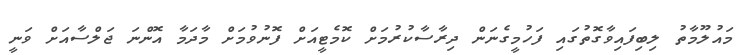
މައުލޫމާތު ލިބިފައިވާގޮތުގައި ފަހުމީގެނަން ދިރާސާކުރުމަށް ކޮމެޓީއަށް ފޮނުވުމަށް މާދަމާ އޮންނަ ޖަލްސާއަށް ވަނީ